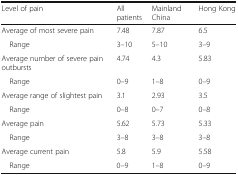
<table><thead><tr><td><b>Level of pain</b></td><td><b>All patients</b></td><td><b>Mainland China</b></td><td><b>Hong Kong</b></td></tr></thead><tbody><tr><td>Average of most severe pain</td><td>7.48</td><td>7.87</td><td>6.5</td></tr><tr><td> Range</td><td>3–10</td><td>5–10</td><td>3–9</td></tr><tr><td>Average number of severe pain outbursts</td><td>4.74</td><td>4.3</td><td>5.83</td></tr><tr><td> Range</td><td>0–9</td><td>1–8</td><td>0–9</td></tr><tr><td>Average range of slightest pain</td><td>3.1</td><td>2.93</td><td>3.5</td></tr><tr><td> Range</td><td>0–8</td><td>0–7</td><td>0–8</td></tr><tr><td>Average pain</td><td>5.62</td><td>5.73</td><td>5.33</td></tr><tr><td> Range</td><td>3–8</td><td>3–8</td><td>3–8</td></tr><tr><td>Average current pain</td><td>5.8</td><td>5.9</td><td>5.58</td></tr><tr><td> Range</td><td>0–9</td><td>1–8</td><td>0–9</td></tr></tbody></table>